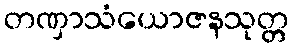
တဏှာသံယောဇနသုတ္တ